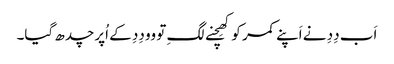
اَب دِدِ نے اَپنے کمر کو کھِچنے لگِ تو وو دِدِ کے اُپر چدھ گیا۔